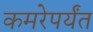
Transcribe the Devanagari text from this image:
कमरेपर्यंत